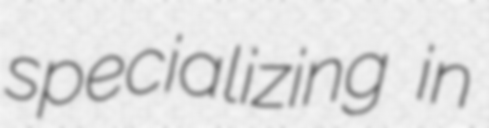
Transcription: specializing in